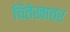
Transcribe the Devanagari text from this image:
चिंतेखातर